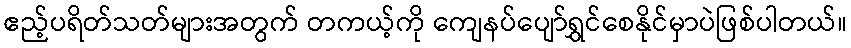
ဧည့်ပရိတ်သတ်များအတွက် တကယ့်ကို ကျေနပ်ပျော်ရွှင်စေနိုင်မှာပဲဖြစ်ပါတယ်။